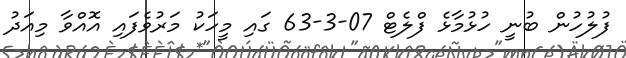
ފުލުހުން ބުނީ ހުޅުމާޅެ ފްލެޓް 07-3-63 ގައި މީހަކު މަރުވެފައި އޮއްވާ މިއަދު